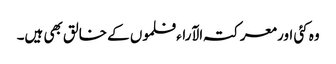
وہ کئی اور معرکتہ الآراء فلموں کے خالق بھی ہیں۔